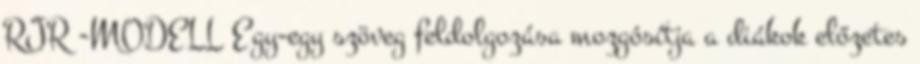
RJR -MODELL Egy-egy szöveg feldolgozása mozgósítja a diákok előzetes